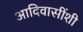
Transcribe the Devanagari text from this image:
आदिवासींशी